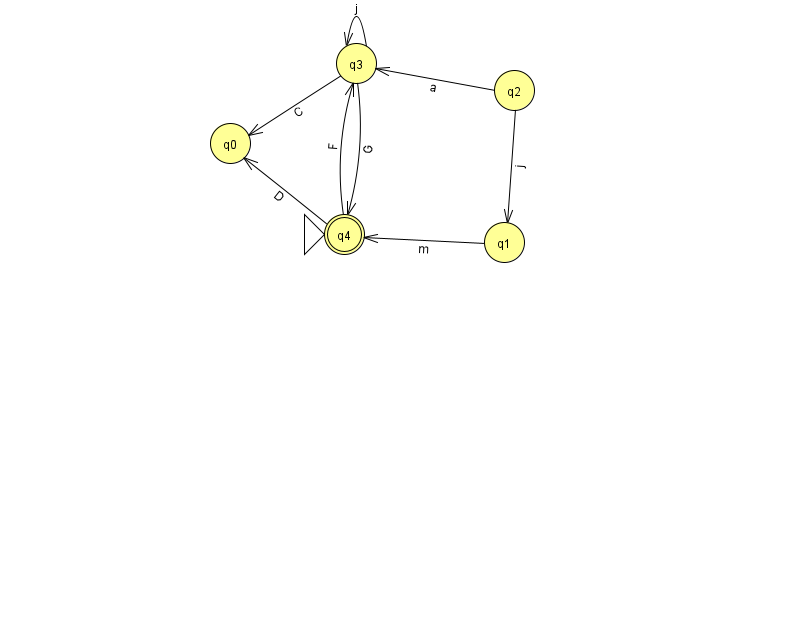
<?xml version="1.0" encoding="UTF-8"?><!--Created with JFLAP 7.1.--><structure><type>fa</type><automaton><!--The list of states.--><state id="0" name="q0"><x>230.0</x><y>130.0</y></state><state id="1" name="q1"><x>504.0</x><y>229.0</y></state><state id="2" name="q2"><x>514.0</x><y>77.0</y></state><state id="3" name="q3"><x>356.0</x><y>50.0</y></state><state id="4" name="q4"><x>344.0</x><y>221.0</y><initial/><final/></state><!--The list of transitions.--><transition><from>3</from><to>0</to><read>C</read></transition><transition><from>4</from><to>3</to><read>F</read></transition><transition><from>3</from><to>4</to><read>G</read></transition><transition><from>2</from><to>3</to><read>a</read></transition><transition><from>3</from><to>3</to><read>j</read></transition><transition><from>2</from><to>1</to><read>j</read></transition><transition><from>1</from><to>4</to><read>m</read></transition><transition><from>4</from><to>0</to><read>D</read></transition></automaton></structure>